Report on lock hospitals in British Burma
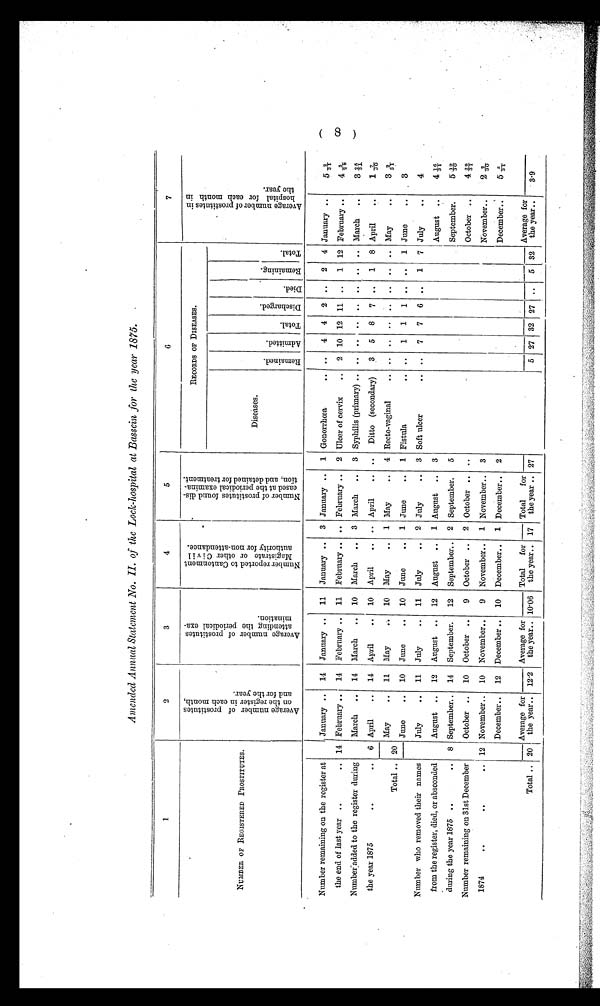
Amended Annual Statement No. II. of the Lock-hospital at Bassein for the year 1875.
1
2
3
4
5
6
7
NUMBER OF REGISTERED PROSTITUTES.
A v e r a g e n u m b e r o f p r o s t i t u t e s
o n t h e r e g i s t e r i n e a c h m o n t h ,
a n d f o r t h e y e a r .
A v e r a g e n u m b e r o f p r o s t i t u e s
a t t e n d i n g t h e p e r i o d i c a l e x a -
m i n a t i o n .
N u m b e r r e p o r t e d t o C a n t o n m e n t
M a g i s t r a t e o r o t h e r C i v i l
a u t h o r i t y f o r n o n - a t t e n d a n c e .
N u m b e r o f p r o s t i t u t e s f o u n d d i s -
e a s e d a t t h e p e r i o d i c a l e x a m i n a -
t i o n , a n d d e t a i n e d f o r t r e a t m e n t .
RECORDS OF DISEASES.
A v e r a g e n u m b e r o f p r o s t i t u t e s i n
h o s p i t a l f o r e a c h m o n t h i n
t h e y e a r .
D i e d .
R e m a i n i n g . T o t a l .
Diseases.
R e m a i n e d . A d m i t t e d .
T o t a l .
D i s c h a r g e d .
Number remaining on the register at
January .. 14 January .. 11 January .. 3 January .. 1 Gonorrhœa
.. .. 4 4 2 .. 2 4 January ..
5 2/31
the end of last year ..
.. 14 February .. 14 February .. 11 February .. .. February .. 2 Ulcer of cervix .. 2 10 12 11 .. 1 12 February ..
4 3/28
Number added to the register during
March .. 14 March .. 10 March .. 3 March .. 3 Syphilis (primary) .. .. .. .. .. .. .. .. March ..
3 25/31
the year 1875
. .
.. 6 April
.. 14 April
.. 10 April .. .. April .. .. Ditto (secondary) 3 5 8 7 .. 1 8 April
1 7 / 3 0
May
.. 11 May
10 May
. . 1 May
. . 4 Recto-vaginal
. .
. . . . . . . . ..
. . May
..
3 2 / 3 1
Total .. 20 June
.. 10 June
.. 10 June
. . 1 June
. . 1 Fistula
. . 1 1 1 .. .. 1 June
..
3
Number who removed their names
July
. . 11 July
.. 11 July
.. 2 July
. . 3 Soft ulcer
.. .. 7 7 6 .. 1 7 July
..
4
from the register, died, or absconded
August .. 12 August .. 12 August .. 1 August .. 3
August ..
4 16/ 31
during the year 1875 ..
.. 8 September.. 14 September. 12 September.. 2 September. 5
September.
5 19/30
Number remaining on 31st December
October .. 10 October .. 9 October .. 2 October .. ..
October ..
4 29/ 31
1874
..
. .
. . 12 November , . 10 November.. 9 November.. 1 November.. 3
November..
2 2/30
December.. 12 December .. 10 December.. 1 December.. 2
December..
5 5/31
Total .. 20
Average for
the year.. 12.2
Average for
the year.. 10.06
Total for
the year.. 17
Total for
the year .. 27
5 27 32 27 .. 5 32
Average for
the year. .. 3.9
( 8 )